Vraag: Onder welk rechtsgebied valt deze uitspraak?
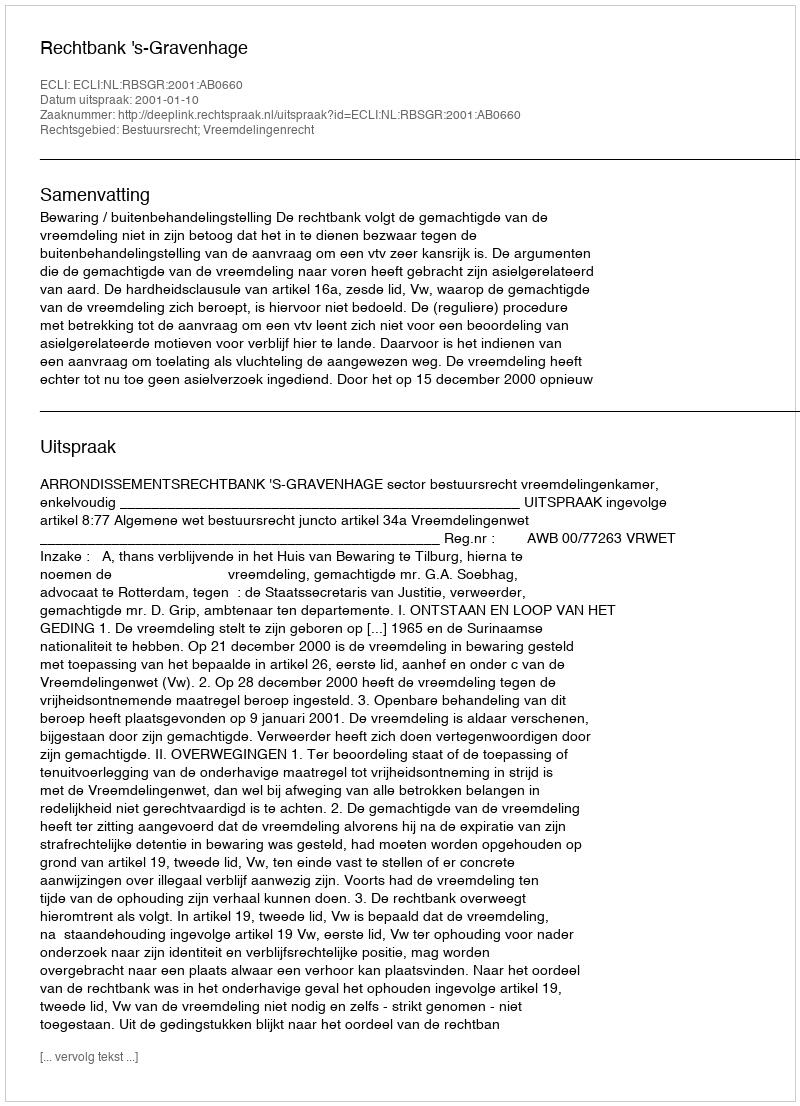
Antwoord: Bestuursrecht; Vreemdelingenrecht